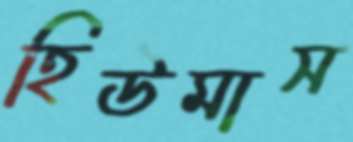
হিউমাস